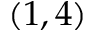
( 1 , 4 )